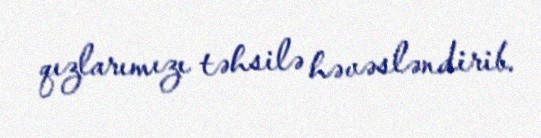
qızlarımızı təhsilə həvəsləndirib.